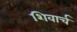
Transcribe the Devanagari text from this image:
शिवार्च